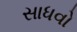
સાધવો